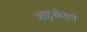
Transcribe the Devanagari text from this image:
राष्ट्रसंतही